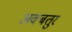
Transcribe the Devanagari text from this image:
अक्बतुर